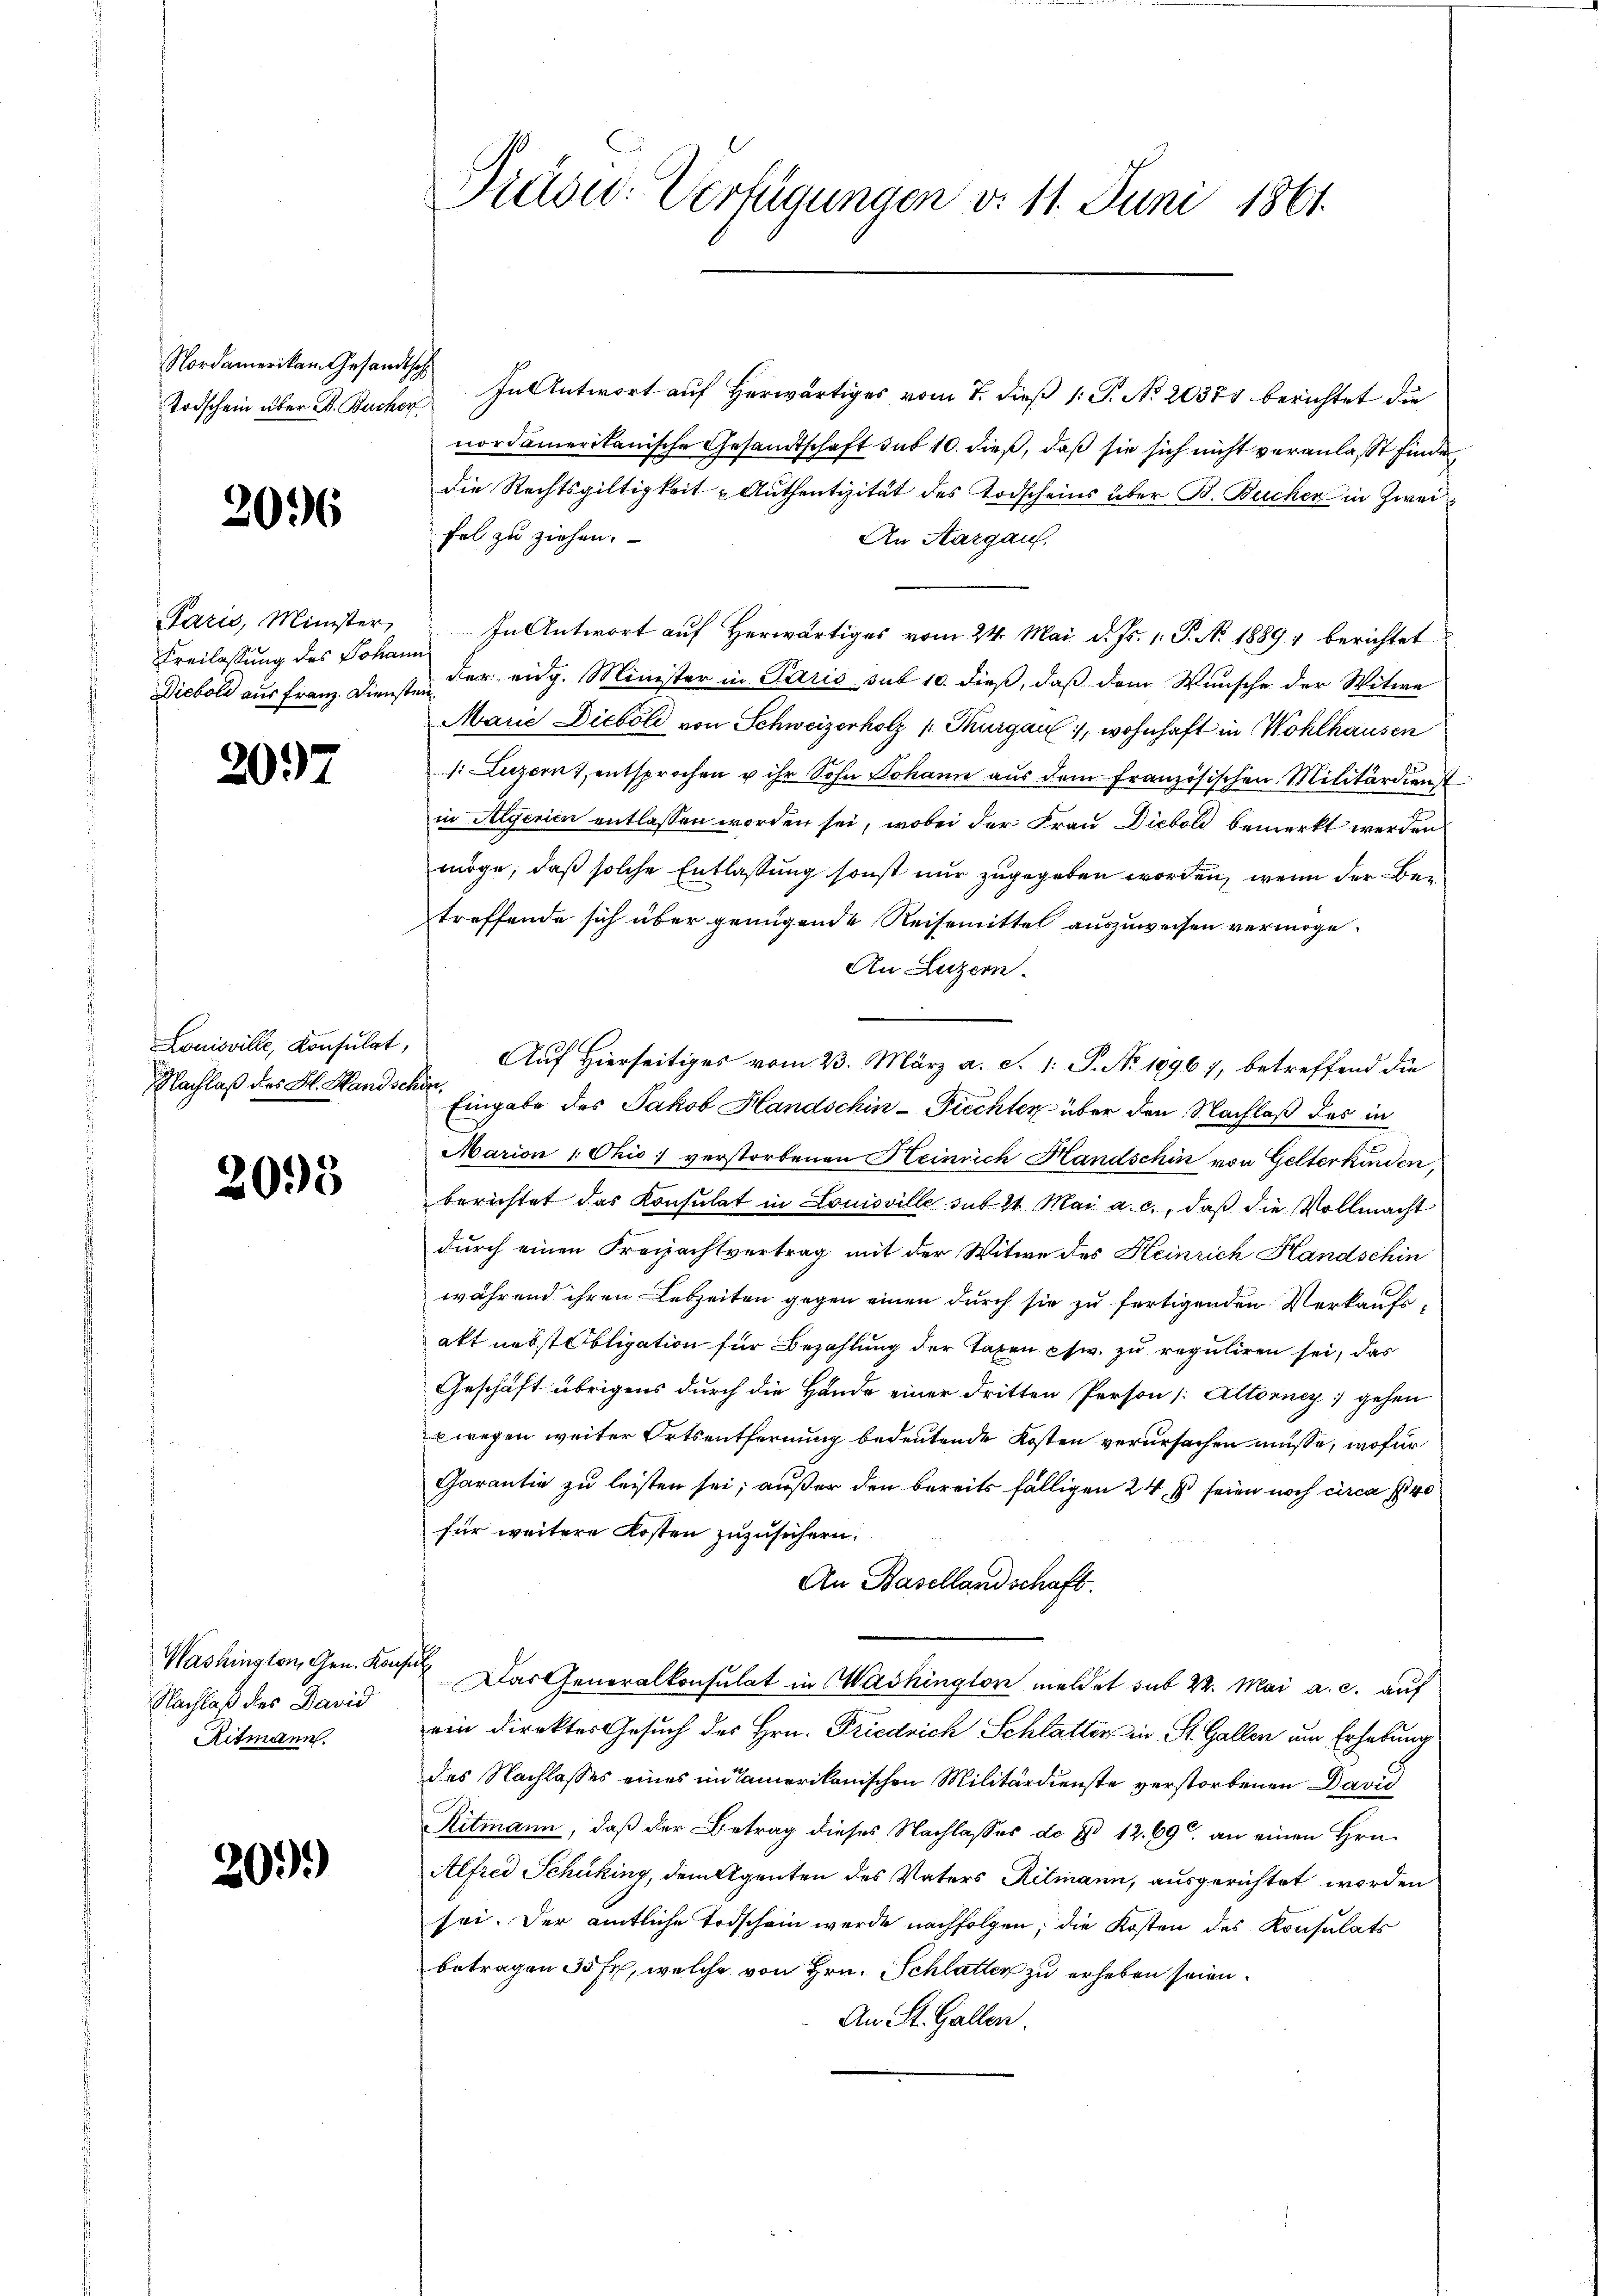
Nordamerikan Gesandtsch
Todschein über B. Bucher

Paris, Minister,
Freilassung des Johann

2095

2096

207

Louisville, Konsulat,

Nachlaß des David
Ritmann.

20.)

In Antwort auf Herwärtiges vom 7. dieß (: P. No. 20374 berichtet die
nordamerikanische Gesandtschaft sub 10. dieß, daß sie sich nicht veranlaßt finde
die Rechtsgültigkeit u Aŭthentizität des Todscheins über B. Bucher in Zweifel zu ziehen.
An Aargau,
In Antwort auf Herwärtiges vom 24. Mai d. Js. v. P. N. 1889 berichtet
Diebold aus Franz. Diensten der eidg. Minister in Paris sub 10. dieß, daß dem Wunsche der Witwe
Marie Dieboli von Schweizerholz u. Thurgau, wohnhaft in Wohlhausen
s: Luzern, entsprochen u ihr Sohn Johann aus dem Französischen Militärdienst
in Algerien entlassen worden sei, wobei der Frau Diebold bemerkt werden
möge, daß solche Entlaßung sonst nur zugegeben worden, wenn der Betreffende sich über genügende Reisemittel auszuweisen vermöge.
An Luzern.
Auf Hierseitiges vom 23. März a. S. 1: P. No. 1896 7, betreffend die
Nachlaß des Frl. Handere der Eingabe des Jakob Handschin-Fiechter über den Nachlaß des in
Marien 1. Chio; verstorbenen Heinrich Handschin von Gelterkinden,
berichtet das Konsulat in Louisville sub 21. Mai a. c., daβ die Vollmacht
durch einen Freizachtvertrag mit der Witwe des Heinrich Handschin
während ihren Lebzeiten gegen einen durch sie zu fertigenden Verkaufsakt nebst Obligation für Bezahlung der Taxen Ew. zu reguliren sei, das
Geschäft übrigens durch die Hände einer dritten Person [:Attonney gehen
ewegen weiter Ortsentfernung bedeutende Kosten verursachen müsse, wofür
Garantie zu leisten sei; außer den bereits fälligen 24. s seien noch circa 140
für weitere Kosten zuzusichern.
An Basellandschaft.
Washington, Gen. Konsul Das Generalkonsulat in Washington meldet sub 22. Mai a. c. auf
ein direkter Gesuch des Hrn. Friedrich Schlatter in St. Gallen um Erhebung
des Nachlasses eines in Camerikanischen Militärdienste verstorbenen David
Ritmann, daß der Betrag dieses Nachlasses de § 12. 690. an einen Hrn.
Alfred Schüking, dem Agenten des Vaters Ritmann, ausgerichtet worden
sei. Der amtliche Todschein werde nachfolgen; die Kosten des Konsulats
betragen 35 Fr., welche von Hrn. Schlatter zu erheben seien.
An St. Gallen.

Druse: Verfügungen v. 11. Juni 1861.